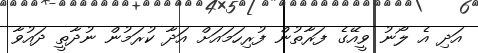
އަދި އެ ލޯނު ވީއޭގެ ފަރާތުން ފުރިހަމައަށް އަދާ ކުރަމުން ނުދާތީ ދައުވާ